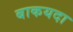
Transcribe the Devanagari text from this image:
बाकयदा